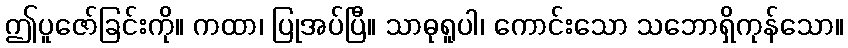
ဤပူဇော်ခြင်းကို။ ကထာ၊ ပြုအပ်ပြီ။ သာဓုရူပါ၊ ကောင်းသော သဘောရှိကုန်သော။